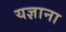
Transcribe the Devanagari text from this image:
यज्ञाना